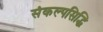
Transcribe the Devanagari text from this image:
संकल्पसिद्धि